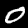
Digit: 0